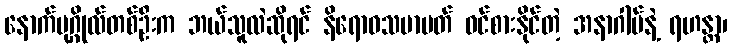
နောက်ပုဂ္ဂိုလ်တစ်ဦးက ဘယ်သူလဲဆိုရင် နိရောဓသမာပတ် ဝင်စားနိုင်တဲ့ အနာဂါမ်နဲ့ ရဟန္တာ၊